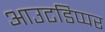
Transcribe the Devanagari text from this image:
आउटडिप्पर